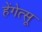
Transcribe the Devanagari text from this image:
हेंगेत्सू